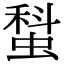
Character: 𧎗